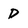
Character: D